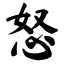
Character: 怒